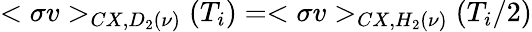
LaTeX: <\sigma v>_{CX,D_{2}(\nu)}(T_{i})=<\sigma v>_{CX,H_{2}(\nu)}(T_{i}/2)